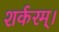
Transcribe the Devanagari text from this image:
शर्करम्।